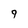
Character: 9